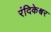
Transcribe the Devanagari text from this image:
रंदिकेश्वर